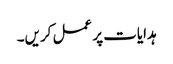
ہدایات پر عمل کریں۔